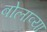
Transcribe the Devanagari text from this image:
बोलाव्या